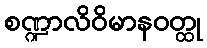
စဏ္ဍာလိဝိမာနဝတ္ထု